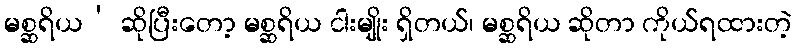
မစ္ဆရိယ’ ဆိုပြီးတော့ မစ္ဆရိယ ငါးမျိုး ရှိတယ်၊ မစ္ဆရိယ ဆိုတာ ကိုယ်ရထားတဲ့